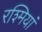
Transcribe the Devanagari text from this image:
रश्मियां